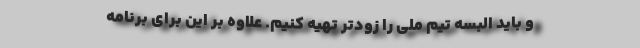
و باید البسه تیم ملی را زودتر تهیه کنیم. علاوه بر این برای برنامه